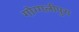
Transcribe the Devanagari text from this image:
गोग्गलीपुरा